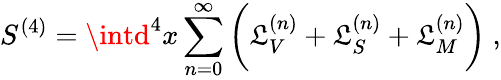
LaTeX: S^{(4)}=\intd^{4}x\sum_{n=0}^{\infty}\bigg({\cal\mathfrak{L}}_{V}^{(n)}+{\cal\mathfrak{L}}_{S}^{(n)}+{\cal\mathfrak{L}}_{M}^{(n)}\bigg)~,